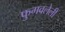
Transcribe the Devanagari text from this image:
फुगवलेली